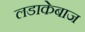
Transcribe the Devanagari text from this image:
लडाकेबाज